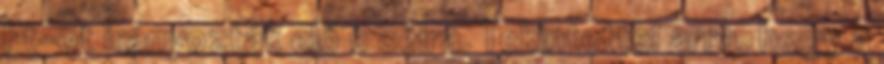
Ft-ot irányozták elő e célra. Tekintettel arra, hogy a